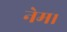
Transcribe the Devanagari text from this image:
नेम।